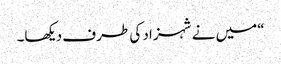
“میں نے شہزاد کی طرف دیکھا۔